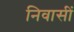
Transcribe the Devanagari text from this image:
निवासीं